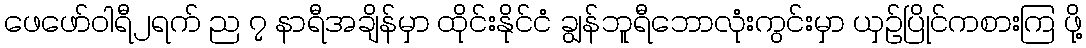
ဖေဖော်ဝါရီ၂ရက် ည ၇ နာရီအချိန်မှာ ထိုင်းနိုင်ငံ ချွန်ဘူရီဘောလုံးကွင်းမှာ ယှဉ်ပြိုင်ကစားကြ ဖို့